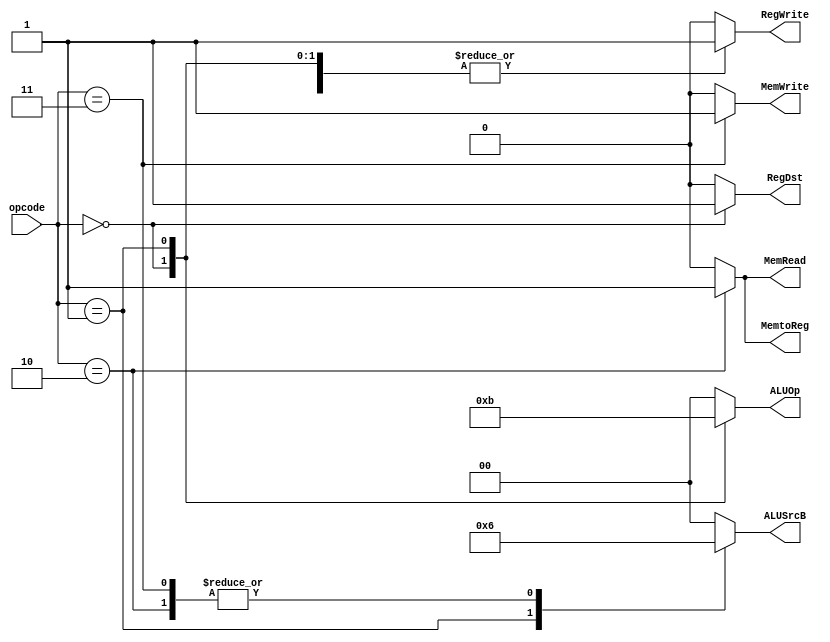
module control (
    input [5:0] opcode,

    // EX Signals
    output reg RegDst,
    output reg [1:0] ALUOp,
    output reg [1:0] ALUSrcB,
    // MEM Signals
    output reg MemRead,
    output reg MemWrite,
    // WB Signals
    output reg RegWrite, 
    output reg MemtoReg
);

always @ (*) begin
    case(opcode)
        6'b000000: begin // R Type
            RegDst = 1'b1; // rd
            ALUOp = 2'b10;
            ALUSrcB = 2'b00;
            MemRead = 1'b0;
            MemWrite = 1'b0;
            RegWrite = 1'b1;
            MemtoReg = 1'b0;
        end
        6'b000001: begin // ORI
            RegDst = 1'b0; // rt
            ALUOp = 2'b11;
            ALUSrcB = 2'b01;
            MemRead = 1'b0;
            MemWrite = 1'b0;
            RegWrite = 1'b1;
            MemtoReg = 1'b0;
        end
        6'b000010: begin // LW
            RegDst = 1'b0;
            ALUOp = 2'b00;
            ALUSrcB = 2'b10;
            MemRead = 1'b1;
            MemWrite = 1'b0;
            RegWrite = 1'b1;
            MemtoReg = 1'b1;
        end
        6'b000011: begin // SW
            RegDst = 1'b0;
            ALUOp = 2'b00;
            ALUSrcB = 2'b10;
            MemRead = 1'b0;
            MemWrite = 1'b1;
            RegWrite = 1'b0;
            MemtoReg = 1'b0;
        end
        default: begin
            RegDst = 1'b0;
            ALUOp = 2'b00;
            ALUSrcB = 'b00;
            MemRead = 1'b0;
            MemWrite = 1'b0;
            RegWrite = 1'b0;
            MemtoReg = 1'b0;
        end
    endcase
end

endmodule